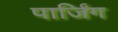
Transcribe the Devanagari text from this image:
पार्जिंग